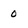
Character: 0